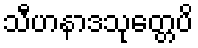
သီဟနာဒသုတ္တေပိ